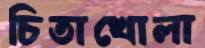
চিতাখোলা